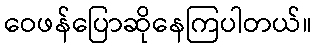
ဝေဖန်ပြောဆိုနေကြပါတယ်။